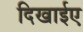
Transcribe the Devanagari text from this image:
दिखाईए